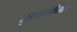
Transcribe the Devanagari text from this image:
सुवर्णात्रीनास